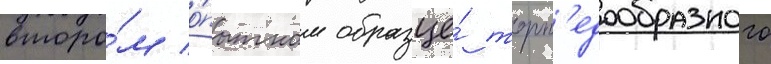
второ́м о́пытном образце́ торп'едообразного